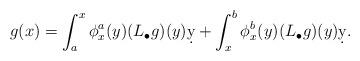
LaTeX: \begin{align*} g(x)=\int_a^x\phi_x^a(y)(L_\bullet g)(y) \d y+\int_x^b\phi_x^b(y)(L_\bullet g)(y) \d y.\end{align*}